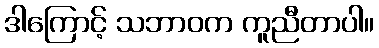
ဒါကြောင့် သဘာဝက ကူညီတာပါ။